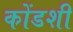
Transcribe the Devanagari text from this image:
कोंडशी